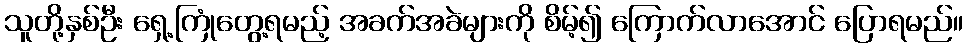
သူတို့နှစ်ဦး ရှေ့ကြုံတွေ့ရမည့် အခက်အခဲများကို စိမ့်၍ ကြောက်လာအောင် ပြောရမည်။